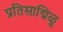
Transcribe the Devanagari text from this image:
प्रतिसाद्मिळू